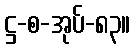
ဋ္ဌ-စ-အုပ်-၈၃။